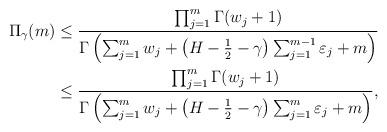
LaTeX: \begin{align*}\Pi_{\gamma}(m)&\leq \frac{\prod_{j=1}^m\Gamma (w_j +1)}{\Gamma \left(\sum_{j=1}^{m} w_j + \left(H-\frac{1}{2}-\gamma \right)\sum_{j=1}^{m-1} \varepsilon_j + m \right)}\\&\leq \frac{\prod_{j=1}^m\Gamma (w_j +1)}{\Gamma \left(\sum_{j=1}^{m} w_j + \left(H-\frac{1}{2}-\gamma \right)\sum_{j=1}^{m} \varepsilon_j + m \right)},\end{align*}